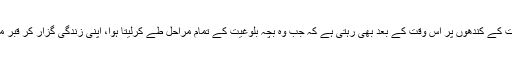
یہ صلیب ریاست کے کندھوں پر اس وقت کے بعد بھی رہتی ہے کہ جب وہ بچہ بلوغیت کے تمام مراحل طے کرلیتا ہوا، اپنی زندگی گزار کر قبر میں جا پڑتا ہے۔